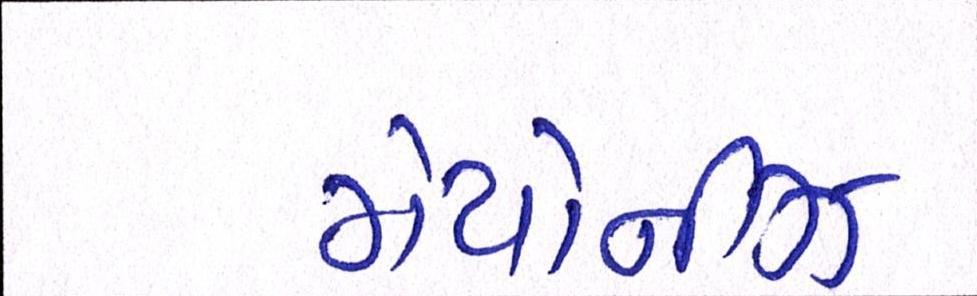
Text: મેયોનીઝ